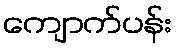
ကျောက်ပန်း